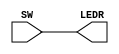
module part1 (SW, LEDR);
	input [9:0] SW;
	output [9:0] LEDR; 
	assign LEDR = SW;
endmodule